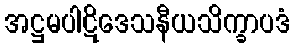
အဋ္ဌမပါဋိဒေသနီယသိက္ခာပဒံ